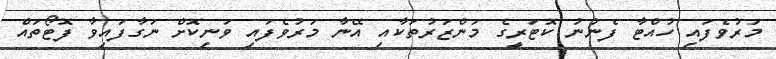
މަރުވެފައި ހުއްޓާ ފެނުނު ކޮޓަރީގެ މަންޒަރުތަކާއި އޭނާ މަރުވެފައި ވަނިކޮށް ނަގާފައިވާ ފޮޓޯތައް